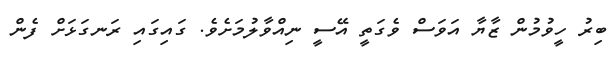
ބިރު ހީވުމުން ޒާޔާ އަވަސް ވެގަތީ އޭސީ ނިއްވާލުމަށެވެ. ގައިގައި ރަނގަޅަށް ފެން